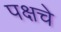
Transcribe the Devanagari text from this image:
पक्षचे